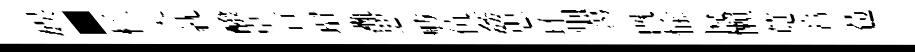
娱·核災紞醱卓亘瑁灘惡舫伉姦忠环𤇆蕩旣愉悦懶莧膏苞